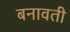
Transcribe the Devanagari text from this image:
बनावती